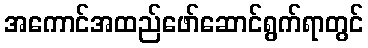
အကောင်အထည်ဖော်ဆောင်ရွက်ရာတွင်